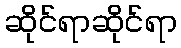
ဆိုင်ရာဆိုင်ရာ